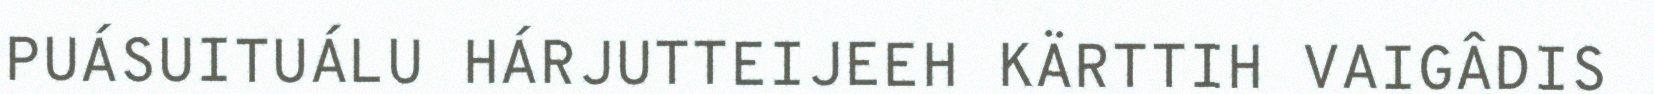
PUÁSUITUÁLU HÁRJUTTEIJEEH KÄRTTIH VAIGÂDIS